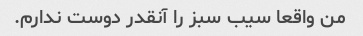
من واقعا سیب سبز را آنقدر دوست ندارم.